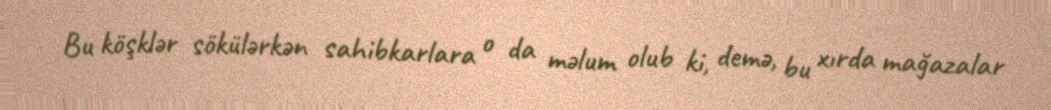
Bu köşklər sökülərkən sahibkarlara o da məlum olub ki, demə, bu xırda mağazalar